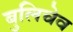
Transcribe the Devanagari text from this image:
बुलिचेव